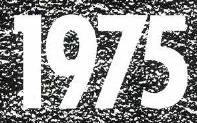
1975